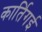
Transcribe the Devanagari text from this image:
कार्तिगई